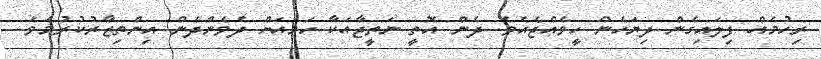
ރިހުމެއް ފިލައިގެން ދިޔަހެން ހީވެއްޖެއެވެ. ދެން އޮތީ ނަތީޖާއަކާ ހަމައަށް ދެވެންދެން އިންތިޒާރުކުރުމެވެ.